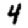
Digit: 4